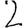
Digit: 2